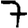
Digit: 7